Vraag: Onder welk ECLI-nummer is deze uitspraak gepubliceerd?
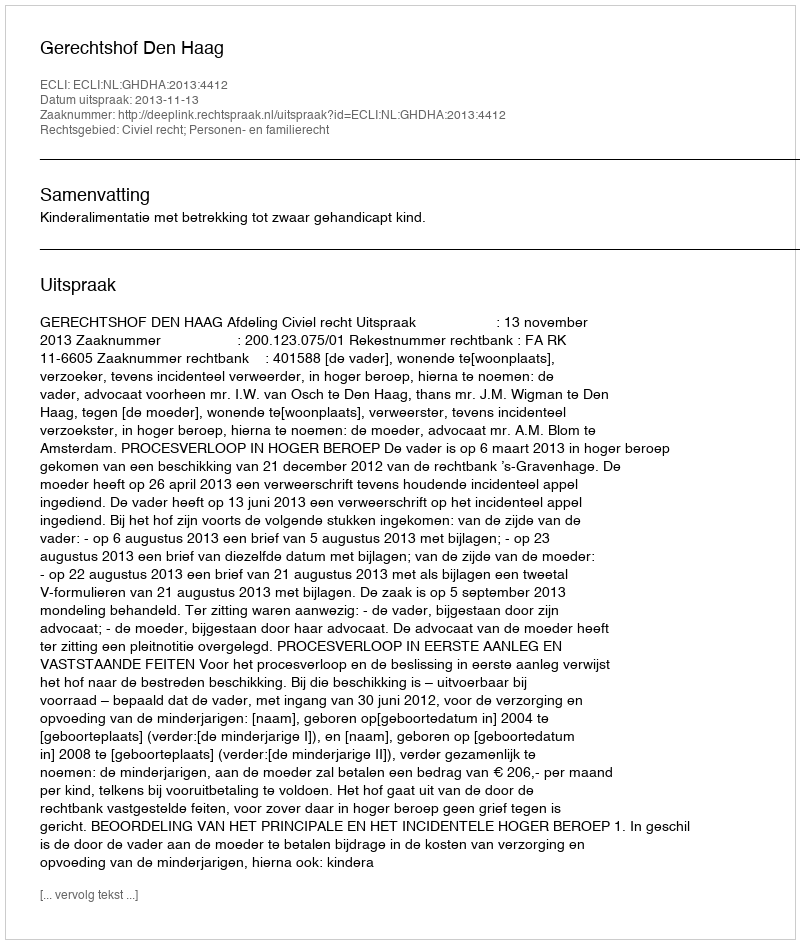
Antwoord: ECLI:NL:GHDHA:2013:4412